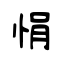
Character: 悁